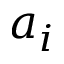
a _ { i }